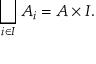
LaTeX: \bigsqcup _ { i \in I } A _ { i } = A \times I .